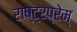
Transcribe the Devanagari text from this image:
राष्ट्रप्रेम्